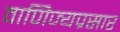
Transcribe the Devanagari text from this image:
वाणिज्यप्रसार